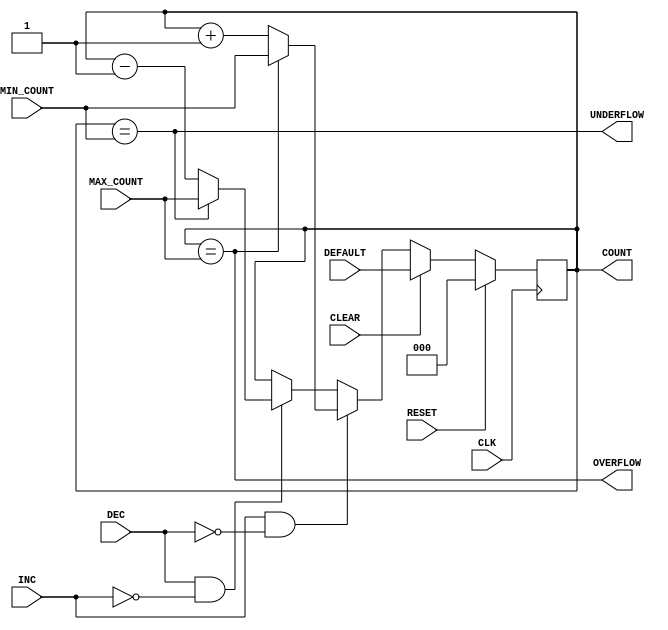
module counter #(
    parameter COUNT_WIDTH        = 3
)(
    input wire                             CLK,
    input wire                             RESET,
    
    input wire                             CLEAR,
    input wire [COUNT_WIDTH-1 : 0 ]        DEFAULT,
    
    input wire                             INC,
    input wire                             DEC,

    input wire [COUNT_WIDTH-1 : 0 ]        MIN_COUNT,
    input wire [COUNT_WIDTH-1 : 0 ]        MAX_COUNT,
    
    output wire                            OVERFLOW,
    output wire                            UNDERFLOW,
    output reg [COUNT_WIDTH-1  : 0 ]       COUNT
);

assign OVERFLOW = (COUNT == MAX_COUNT);
assign UNDERFLOW = (COUNT == MIN_COUNT);

always @ (posedge CLK)
begin : COUNTER
    if (RESET)
        COUNT <= 0;
    else if (CLEAR)
        COUNT <= DEFAULT;
   else if (INC && !DEC) begin
    if(!OVERFLOW)
        COUNT <= COUNT + 1'b1;
    else if (OVERFLOW)
        COUNT <= MIN_COUNT;
   end
   else if (DEC && !INC) begin
       if(!UNDERFLOW)
           COUNT <= COUNT - 1'b1;
       else if (UNDERFLOW)
           COUNT <= MAX_COUNT;
      end
end

endmodule